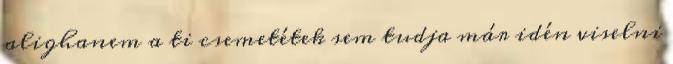
alighanem a ti csemetétek sem tudja már idén viselni